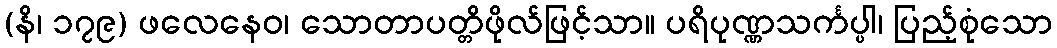
(နိ၊ ၁၇၉) ဖလေနေဝ၊ သောတာပတ္တိဖိုလ်ဖြင့်သာ။ ပရိပုဏ္ဏသင်္ကပ္ပါ၊ ပြည့်စုံသော